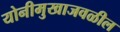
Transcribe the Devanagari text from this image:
योनीमुखाजवळील